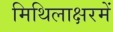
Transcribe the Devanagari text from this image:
मिथिलाक्षरमें